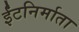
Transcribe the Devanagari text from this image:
ईंटनिर्माता